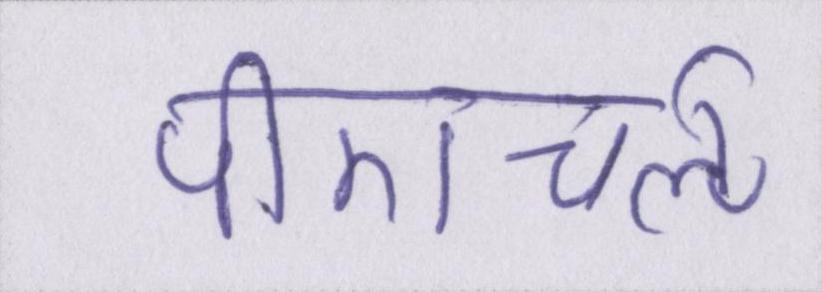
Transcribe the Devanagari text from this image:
पीएचर्ऌ